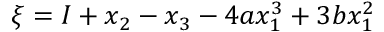
\xi = I + x _ { 2 } - x _ { 3 } - 4 a x _ { 1 } ^ { 3 } + 3 b x _ { 1 } ^ { 2 }